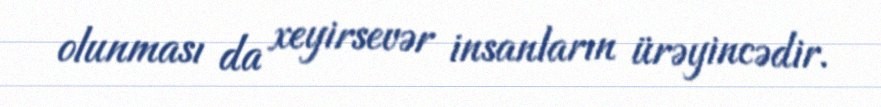
olunması da xeyirsevər insanların ürəyincədir.